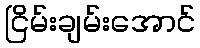
ငြိမ်းချမ်းအောင်